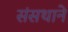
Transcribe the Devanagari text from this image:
संसथाने